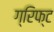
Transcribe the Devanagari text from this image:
ग्रिफ्ट